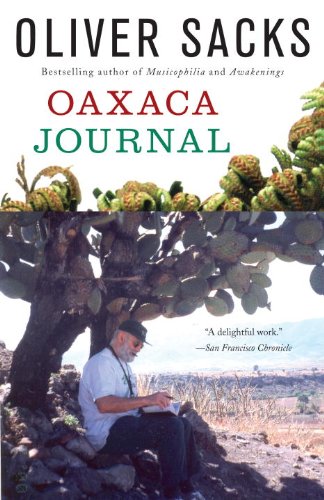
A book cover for Oaxaca Journal; Oliver Sacks; Sports & Outdoors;